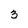
Character: 3